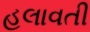
હલાવતી